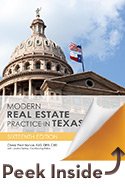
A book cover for Modern Real Estate Practice in Texas; Cheryl Peat Nance; Business & Money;